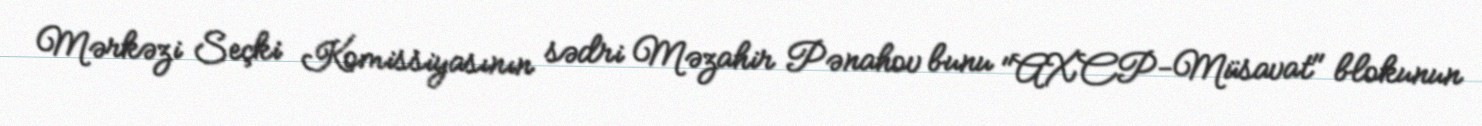
Mərkəzi Seçki Komissiyasının sədri Məzahir Pənahov bunu "AXCP-Müsavat" blokunun